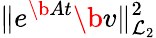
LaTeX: \| e^{\b{A}t}\b{v}\| _{\mathcal{L}_{2}}^{2}